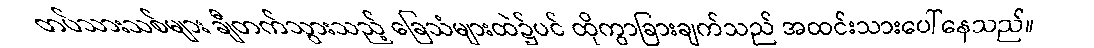
တပ်သားသစ်များ ချီတက်သွားသည့် ခြေသံများထဲ၌ပင် ထိုကွာခြားချက်သည် အထင်းသားပေါ်နေသည်။